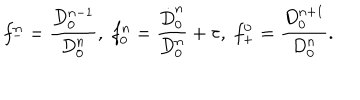
f _ { - } ^ { n } = \frac { D _ { 0 } ^ { n - 1 } } { D _ { 0 } ^ { n } } , \; f _ { 0 } ^ { n } = \frac { \dot { D } _ { 0 } ^ { n } } { D _ { 0 } ^ { n } } + \tau , \; f _ { + } ^ { 0 } = \frac { D _ { 0 } ^ { n + 1 } } { D _ { 0 } ^ { n } } .